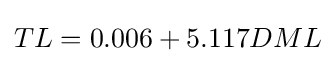
TL=0.006+5.117DML